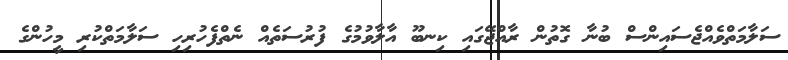
ސަލާމަތްވެއްޖެސައިންސް ބުނާ ގޮތުން ރާއްޖޭގައި ކިނބޫ އާލާވުމުގެ ފުރުސަތެއް ނެތްފެހުރިހި ސަލާމަތްކުރި މީހުންގެ